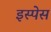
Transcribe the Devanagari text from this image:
इस्पेस